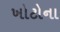
ખોટોના